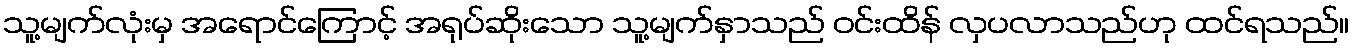
သူ့မျက်လုံးမှ အရောင်ကြောင့် အရုပ်ဆိုးသော သူ့မျက်နှာသည် ဝင်းထိန် လှပလာသည်ဟု ထင်ရသည်။